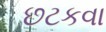
છટકવા